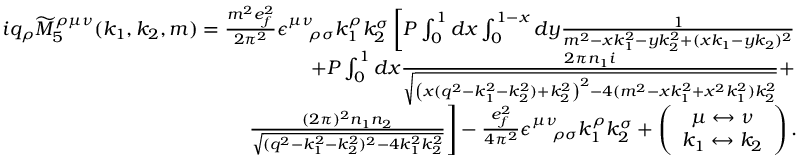
\begin{array} { r l r } & { } & { i q _ { \rho } \widetilde { M } _ { 5 } ^ { \rho \mu \nu } ( k _ { 1 } , k _ { 2 } , m ) = \frac { m ^ { 2 } e _ { f } ^ { 2 } } { 2 \pi ^ { 2 } } \epsilon _ { \quad \rho \sigma } ^ { \mu \nu } k _ { 1 } ^ { \rho } k _ { 2 } ^ { \sigma } \left[ P \int _ { 0 } ^ { 1 } d x \int _ { 0 } ^ { 1 - x } d y \frac { 1 } { m ^ { 2 } - x k _ { 1 } ^ { 2 } - y k _ { 2 } ^ { 2 } + ( x k _ { 1 } - y k _ { 2 } ) ^ { 2 } } \right. } \\ & { } & { \left. + P \int _ { 0 } ^ { 1 } d x \frac { 2 \pi n _ { 1 } i } { \sqrt { \left( x ( q ^ { 2 } - k _ { 1 } ^ { 2 } - k _ { 2 } ^ { 2 } ) + k _ { 2 } ^ { 2 } \right) ^ { 2 } - 4 ( m ^ { 2 } - x k _ { 1 } ^ { 2 } + x ^ { 2 } k _ { 1 } ^ { 2 } ) k _ { 2 } ^ { 2 } } } + \right. } \\ & { } & { \left. \frac { ( 2 \pi ) ^ { 2 } n _ { 1 } n _ { 2 } } { \sqrt { ( q ^ { 2 } - k _ { 1 } ^ { 2 } - k _ { 2 } ^ { 2 } ) ^ { 2 } - 4 k _ { 1 } ^ { 2 } k _ { 2 } ^ { 2 } } } \right] - \frac { e _ { f } ^ { 2 } } { 4 \pi ^ { 2 } } \epsilon _ { \quad \rho \sigma } ^ { \mu \nu } k _ { 1 } ^ { \rho } k _ { 2 } ^ { \sigma } + \left( \begin{array} { c } { \mu \leftrightarrow \nu } \\ { k _ { 1 } \leftrightarrow k _ { 2 } } \end{array} \right) . } \end{array}